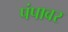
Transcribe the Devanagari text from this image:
पंपावर